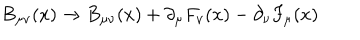
B _ { \mu \nu } ( x ) \rightarrow B _ { \mu \nu } ( x ) + \partial _ { \mu } F _ { \nu } ( x ) - \partial _ { \nu } F _ { \mu } ( x )